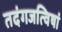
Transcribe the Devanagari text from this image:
तदंगजत्विषां